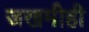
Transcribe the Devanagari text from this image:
जखमीही